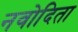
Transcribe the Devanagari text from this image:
नवोदिता